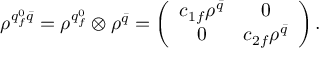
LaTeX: \rho ^ { q _ { f } ^ { 0 } { \bar { q } } } = \rho ^ { q _ { f } ^ { 0 } } \otimes \rho ^ { \bar { q } } = \left( \begin{array} { c c } { { c _ { 1 f } \rho ^ { \bar { q } } } } & { { 0 } } \\ { { 0 } } & { { c _ { 2 f } \rho ^ { \bar { q } } } } \end{array} \right) .